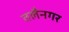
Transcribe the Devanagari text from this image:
तलैनगर